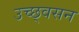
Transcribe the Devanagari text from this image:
उच्छ्वसन